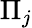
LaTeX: \Pi_{j}